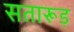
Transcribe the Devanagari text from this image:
सतारूड़